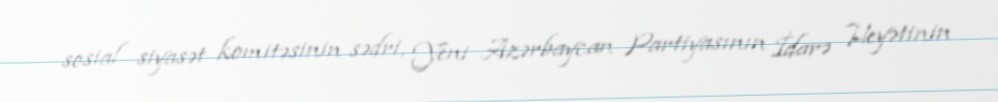
sosial siyasət komitəsinin sədri, Yeni Azərbaycan Partiyasının İdarə Heyətinin